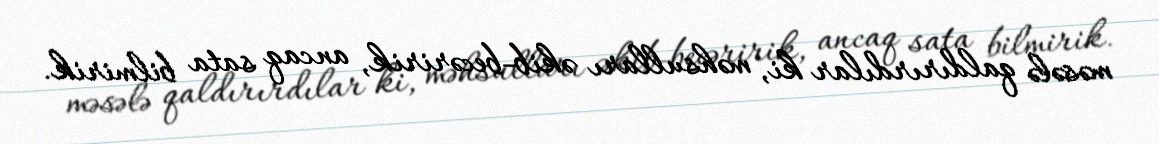
məsələ qaldırırdılar ki, məhsulları əkib-becəririk, ancaq sata bilmirik.